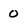
Character: o